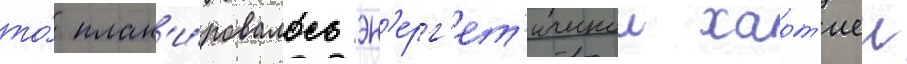
то́ план'и́ровалось эн'ерг'ет'ическои харт'иеи